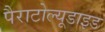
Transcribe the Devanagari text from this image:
पैराटोल्यूडाइड